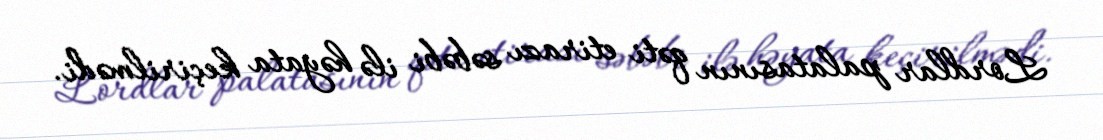
Lordlar palatasının qəti etirazı səbəbi ilə həyata keçirilmədi.